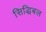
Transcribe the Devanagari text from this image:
सिद्धिबल